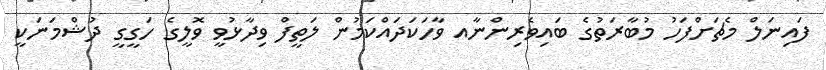
ފައިނަލް މެޗަށްފަހު މުބާރަތުގެ ބައިވެރިންނާއ ވާހަކަދައްކަމުން ލަތީފް ވިދާޅުވީ ވޮލީގެ ހަގީގީ ދުޝްމަނަކީ